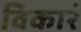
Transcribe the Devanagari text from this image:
विकारं